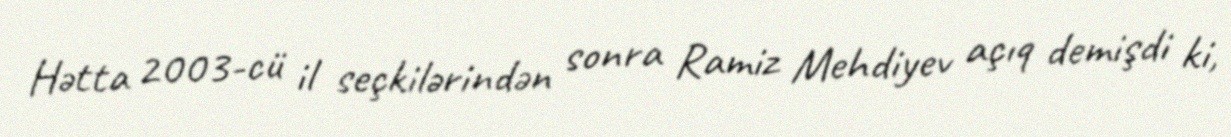
Hətta 2003-cü il seçkilərindən sonra Ramiz Mehdiyev açıq demişdi ki,